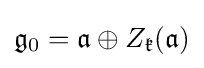
{\mathfrak {g}}_{0}={\mathfrak {a}}\oplus Z_{\mathfrak {k}}({\mathfrak {a}})